DOW-UAP-D49, Launch Summary, Vandenberg AFB, 2000
Agency: Department of War
Incident date: 2/3/00
Page 2
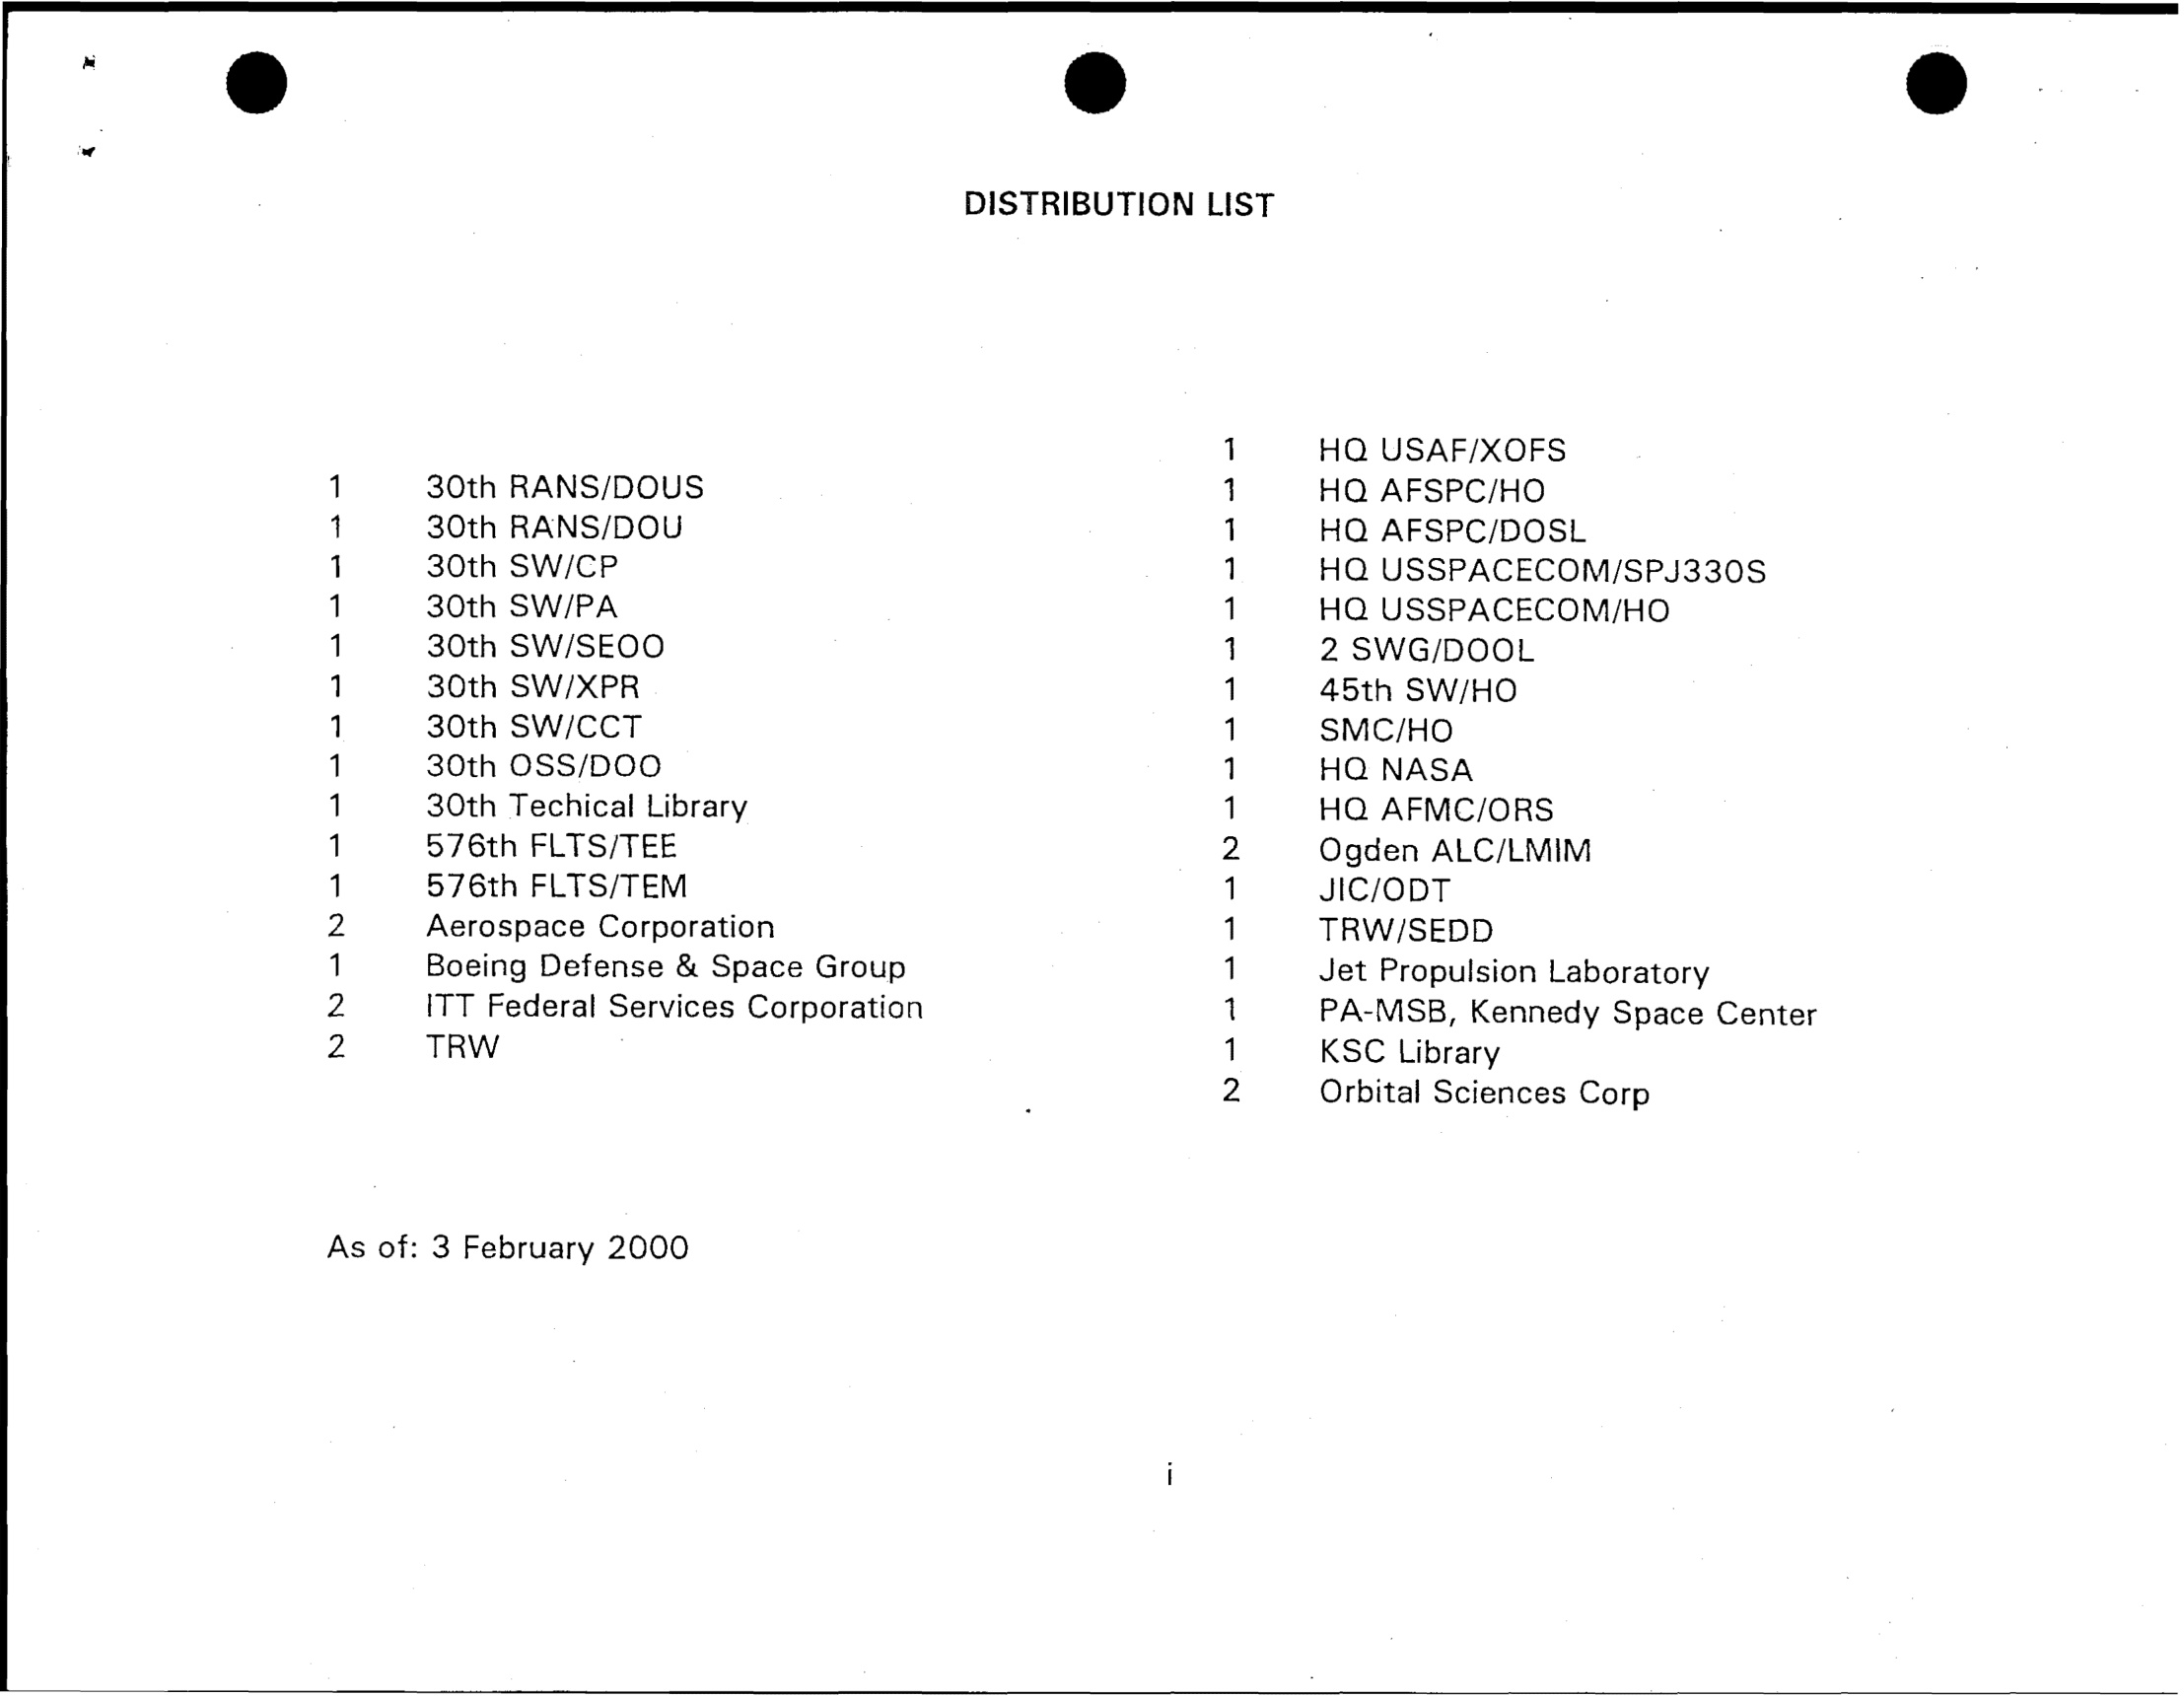